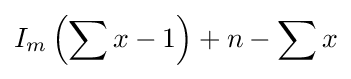
I_{m}\left(\sum x-1\right)+n-\sum x